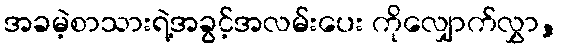
အခမဲ့စာသားရဲ့အခွင့်အလမ်းပေး ကိုလျှောက်လွှာ,